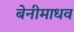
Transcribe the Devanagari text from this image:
बेनीमाधव